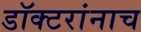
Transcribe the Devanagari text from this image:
डॉक्टरांनाच